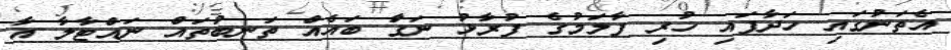
އެތަނުގައި ހަދާފައި ހުރި ފާލަމުގެ ފުރާޅު ނަގަާ ބައެއް ތަނބުތައް ނައްޓާލާ އާ